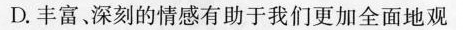
D.丰富。深刻的情感有助于我们更加全面地观